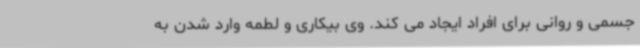
جسمی و روانی برای افراد ایجاد می کند. وی بیکاری و لطمه وارد شدن به